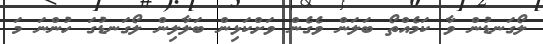
ލޯގަނޑުން ވާ ކަމެއްތޯ ބަލަން ވެގެން ވަށްކަޅިން ބަލާލިން ލޯގަނޑުގަ ހުންނަ މަ